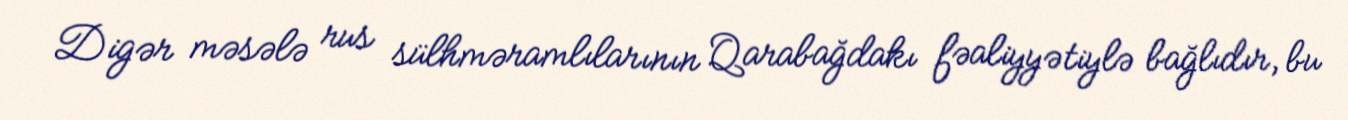
Digər məsələ rus sülhməramlılarının Qarabağdakı fəaliyyətiylə bağlıdır, bu